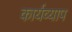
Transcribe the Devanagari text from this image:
कार्यव्याप